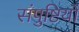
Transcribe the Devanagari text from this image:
संपुष्टियों